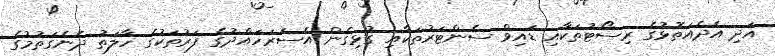
އަދި އެދެއަތޮޅުގެ ރިސޯޓުތަކާއި ޑައިވް ސެންޓަރުތަކާއި ގުޅިގެން އެސަރަހައްދުގެ ފަރުތަކުގެ ހާލަތު ދެނެގަތުމުގެ